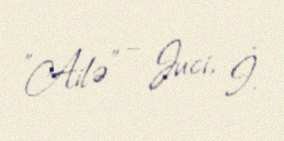
"Ailə" – Juci, İ.